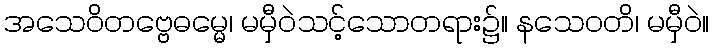
အသေဝိတဗ္ဗေဓမ္မေ၊ မမှီဝဲသင့်သောတရား၌။ နသေဝတိ၊ မမှီဝဲ။